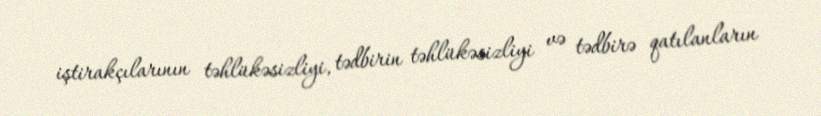
iştirakçılarının təhlükəsizliyi, tədbirin təhlükəsizliyi və tədbirə qatılanların